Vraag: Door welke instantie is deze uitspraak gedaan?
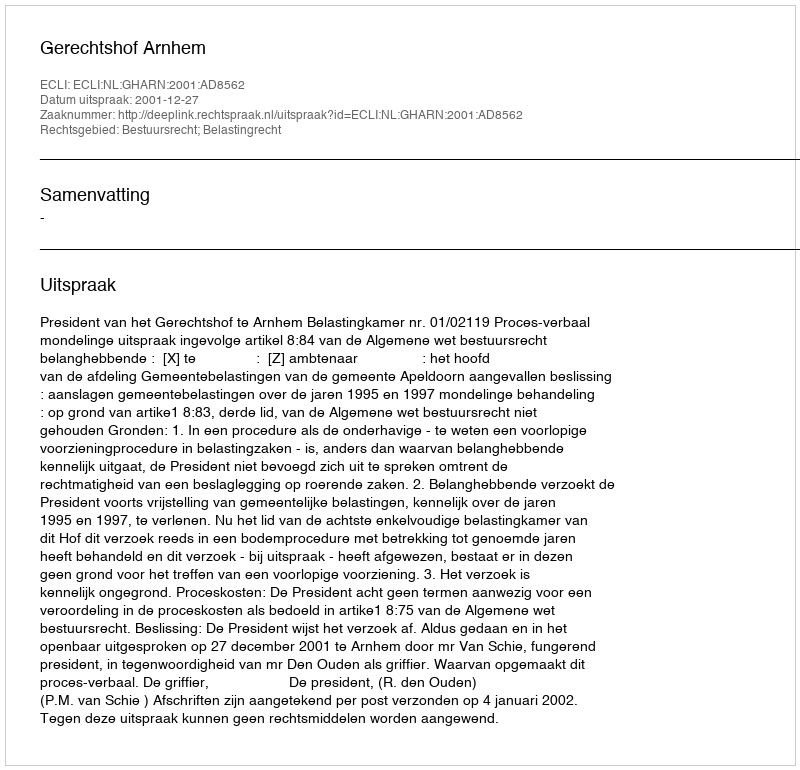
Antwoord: Gerechtshof Arnhem